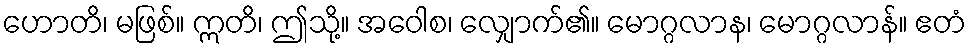
ဟောတိ၊ မဖြစ်။ ဣတိ၊ ဤသို့။ အဝေါစ၊ လျှောက်၏။ မောဂ္ဂလာန၊ မောဂ္ဂလာန်။ ဧတံ